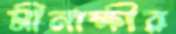
মীনাক্ষীর